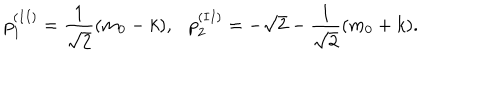
p _ { 1 } ^ { ( I I ) } = \frac { 1 } { \sqrt { 2 } } ( m _ { 0 } - k ) , p _ { 2 } ^ { ( I I ) } = - \sqrt { 2 } - \frac { 1 } { \sqrt { 2 } } ( m _ { 0 } + k ) .